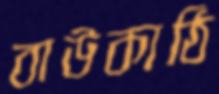
বাউকাঠি